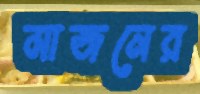
মাজনের